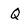
Character: Q